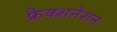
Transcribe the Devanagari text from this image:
फ्रैक्शनेशन